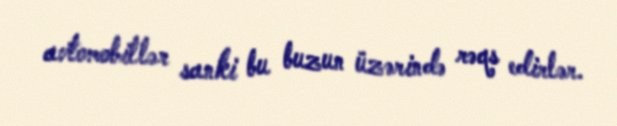
avtomobillər sanki bu buzun üzərində rəqs edirlər.